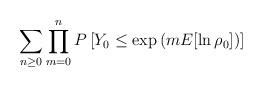
LaTeX: \begin{align*}\sum_{n\ge 0}\prod_{m=0}^n P\left[Y_0\le \exp\left(mE[\ln\rho_0]\right)\right] \end{align*}